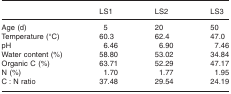
<table><thead><tr><td></td><td><b>LS1</b></td><td><b>LS2</b></td><td><b>LS3</b></td></tr></thead><tbody><tr><td>Age (d)</td><td>5</td><td>20</td><td>50</td></tr><tr><td>Temperature (°C)</td><td>60.3</td><td>62.4</td><td>47.0</td></tr><tr><td>pH</td><td>6.46</td><td>6.90</td><td>7.46</td></tr><tr><td>Water content (%)</td><td>58.80</td><td>53.02</td><td>34.84</td></tr><tr><td>Organic C (%)</td><td>63.71</td><td>52.29</td><td>47.17</td></tr><tr><td>N (%)</td><td>1.70</td><td>1.77</td><td>1.95</td></tr><tr><td>C : N ratio</td><td>37.48</td><td>29.54</td><td>24.19</td></tr></tbody></table>